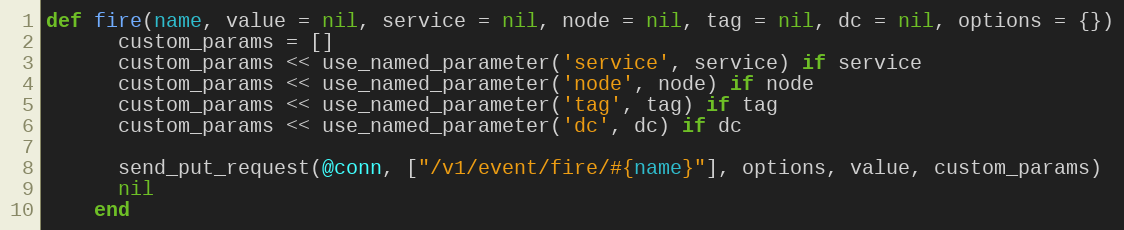
Language: Ruby
def fire(name, value = nil, service = nil, node = nil, tag = nil, dc = nil, options = {})
      custom_params = []
      custom_params << use_named_parameter('service', service) if service
      custom_params << use_named_parameter('node', node) if node
      custom_params << use_named_parameter('tag', tag) if tag
      custom_params << use_named_parameter('dc', dc) if dc

      send_put_request(@conn, ["/v1/event/fire/#{name}"], options, value, custom_params)
      nil
    end